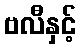
ဗလီနှင့်